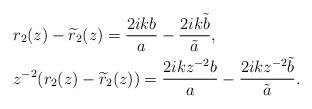
LaTeX: \begin{align*}&r_2(z)-\widetilde{r}_2(z)=\frac{2 i kb}{a}-\frac{2 i k\tilde{b}}{\tilde{a}},\\&z^{-2}(r_2(z)-\widetilde{r}_2(z))=\frac{2 i kz^{-2}b}{a}-\frac{2 i kz^{-2}\tilde{b}}{\tilde{a}}.\end{align*}